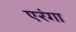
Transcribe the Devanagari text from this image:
एरंगा